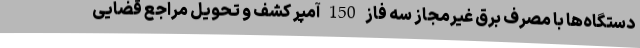
دستگاه‌ها با مصرف برق غیرمجاز سه فاز 150 آمپر کشف و تحویل مراجع قضایی